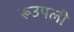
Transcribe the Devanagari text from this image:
रूउपली